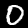
Label: 0